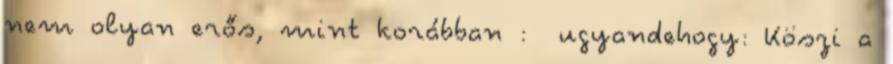
nem olyan erős, mint korábban : ugyandehogy: Köszi a